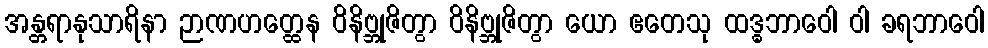
အန္တရာနုသာရိနာ ဉာဏဟတ္ထေန ဝိနိဗ္ဘုဇိတွာ ဝိနိဗ္ဘုဇိတွာ ယော ဧတေသု ထဒ္ဓဘာဝေါ ဝါ ခရဘာဝေါ